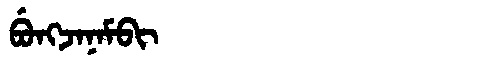
Manchu: ᠪᡠᠩᠵᠠᠨᠠᠮᠪᡳ
Romanization: BUNGJANAMBI